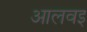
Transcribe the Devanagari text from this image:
आलवइ